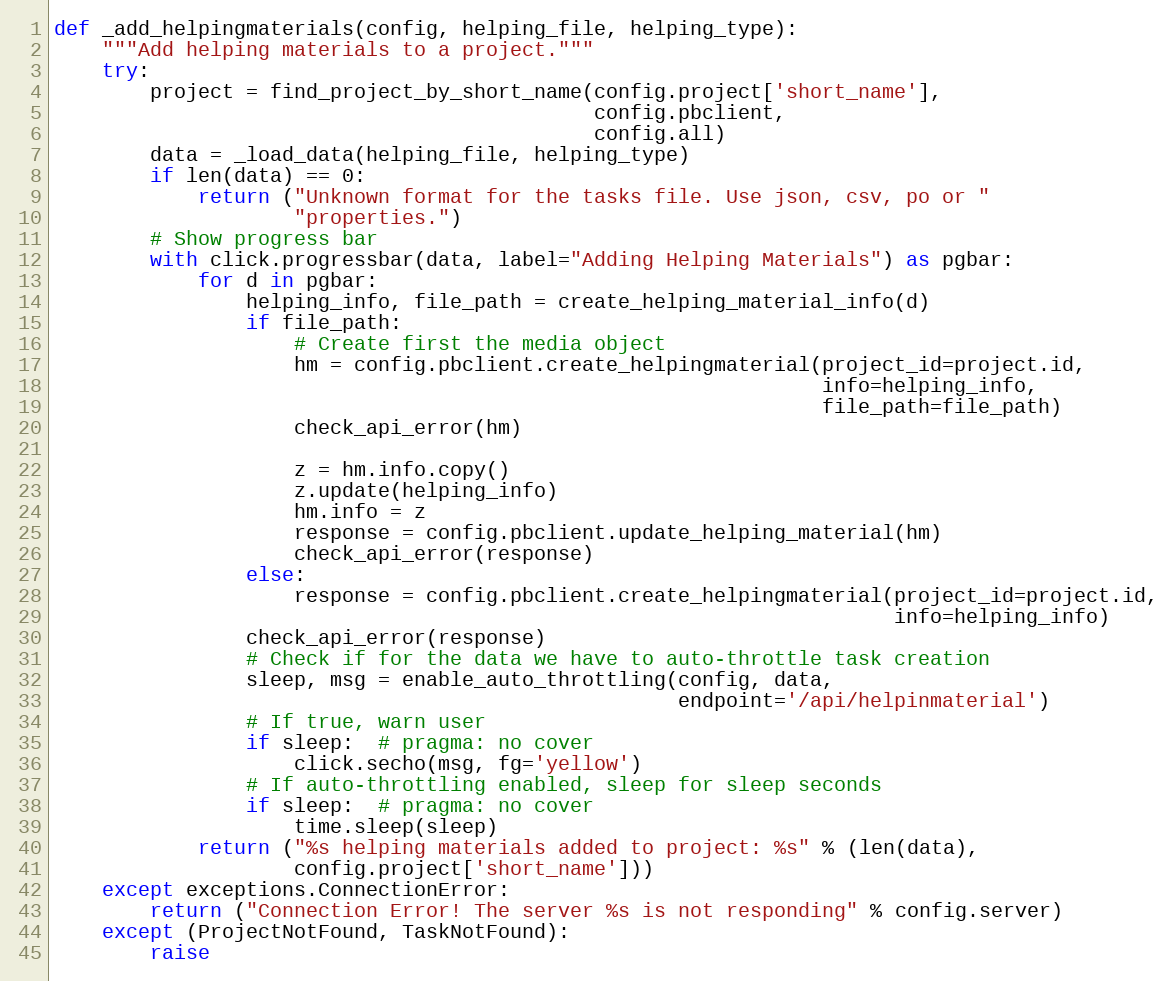
Language: Python
def _add_helpingmaterials(config, helping_file, helping_type):
    """Add helping materials to a project."""
    try:
        project = find_project_by_short_name(config.project['short_name'],
                                             config.pbclient,
                                             config.all)
        data = _load_data(helping_file, helping_type)
        if len(data) == 0:
            return ("Unknown format for the tasks file. Use json, csv, po or "
                    "properties.")
        # Show progress bar
        with click.progressbar(data, label="Adding Helping Materials") as pgbar:
            for d in pgbar:
                helping_info, file_path = create_helping_material_info(d)
                if file_path:
                    # Create first the media object
                    hm = config.pbclient.create_helpingmaterial(project_id=project.id,
                                                                info=helping_info,
                                                                file_path=file_path)
                    check_api_error(hm)

                    z = hm.info.copy()
                    z.update(helping_info)
                    hm.info = z
                    response = config.pbclient.update_helping_material(hm)
                    check_api_error(response)
                else:
                    response = config.pbclient.create_helpingmaterial(project_id=project.id,
                                                                      info=helping_info)
                check_api_error(response)
                # Check if for the data we have to auto-throttle task creation
                sleep, msg = enable_auto_throttling(config, data,
                                                    endpoint='/api/helpinmaterial')
                # If true, warn user
                if sleep:  # pragma: no cover
                    click.secho(msg, fg='yellow')
                # If auto-throttling enabled, sleep for sleep seconds
                if sleep:  # pragma: no cover
                    time.sleep(sleep)
            return ("%s helping materials added to project: %s" % (len(data),
                    config.project['short_name']))
    except exceptions.ConnectionError:
        return ("Connection Error! The server %s is not responding" % config.server)
    except (ProjectNotFound, TaskNotFound):
        raise